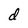
Character: d